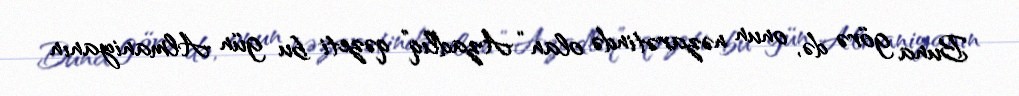
Buna görə də, onun nəzarətində olan “Azadlıq” qəzeti bu gün Almaniyanın